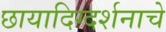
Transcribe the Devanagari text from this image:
छायादिग्दर्शनाचे